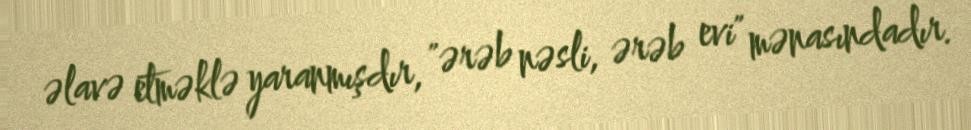
əlavə etməklə yaranmışdır, "ərəb nəsli, ərəb evi" mənasındadır.